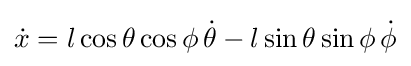
{\dot {x}}=l\cos \theta \cos \phi \,{\dot {\theta }}-l\sin \theta \sin \phi \,{\dot {\phi }}